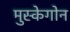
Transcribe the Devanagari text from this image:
मुस्केगोन